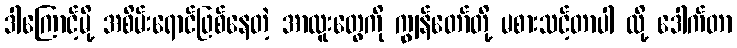
ဒါကြောင့်မို့ အစိမ်းရောင်ဖြစ်နေတဲ့ အာလူးတွေကို ကျွန်တော်တို့ မစားသင့်တာပါ လို့ ဒေါက်တာ